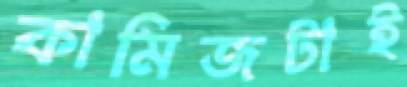
কামিজটাই